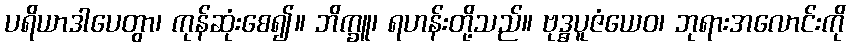
ပရိယာဒါပေတွာ၊ ကုန်ဆုံးစေ၍။ ဘိက္ခူ၊ ရဟန်းတို့သည်။ ဗုဒ္ဓပူဇံယေဝ၊ ဘုရားအလောင်းကို